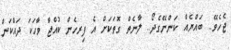
ޖެހެވޭ.. ބައްޔެއް ކަންނޭގެދޯ.. ލާނެތް ގޮތަކަށް އެ ފިރހެން ކުއްޖާ ވާހަކަ ދައްކަން